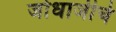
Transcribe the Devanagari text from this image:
जोधाजीचे